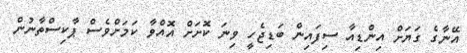
އޭނާގެ ގަޔަށް އިންޑިއާ ސިފައިން ބަޑިޖެހީ ވިނަ ކޮށަށް އޮއްވާ ކަމަށްވެސް ޕާކިސްތާނުން